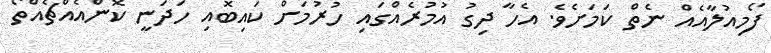
ފޯމިއުލާއެއް ނެތް ކަމަށެވެ. އެހާ ދިގު އުމުރެއްގައި ހުރުމަށް ކައިބޮއި ހަދަނީ ކޮންއެއްޗެއްތޯ